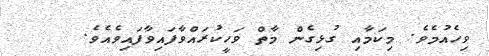
ވިހެއުމެވެ. މިކަމާއި ގުޅިގެން މާތް ވަހީކުރައްވާފައިވާފައިވެއެވެ.